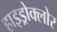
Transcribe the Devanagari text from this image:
हाइड्रोक्लोर